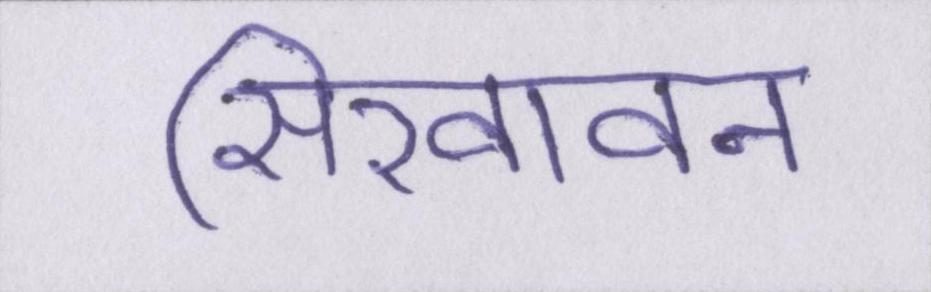
सिखावन